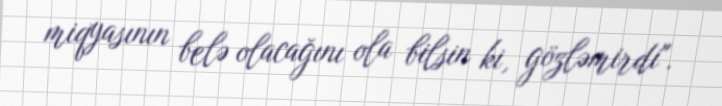
miqyasının belə olacağını ola bilsin ki, gözləmirdi".